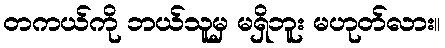
တကယ်ကို ဘယ်သူမှ မရှိဘူး မဟုတ်လား။